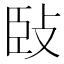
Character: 𢼧